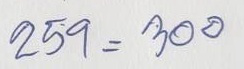
259 = 300